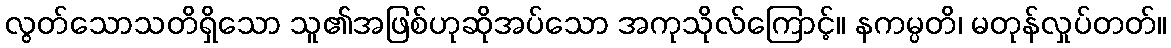
လွတ်သောသတိရှိသော သူ၏အဖြစ်ဟုဆိုအပ်သော အကုသိုလ်ကြောင့်။ နကမ္ပတိ၊ မတုန်လှုပ်တတ်။